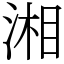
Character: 湘